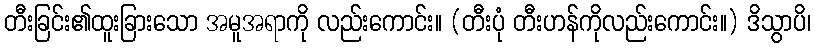
တီးခြင်း၏ထူးခြားသော အမူအရာကို လည်းကောင်း။ (တီးပုံ တီးဟန်ကိုလည်းကောင်း။) ဒိသွာပိ၊